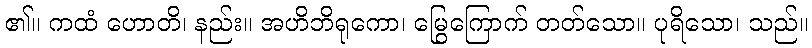
၏။ ကထံ ဟောတိ၊ နည်း။ အဟိဘိရုကော၊ မြွေကြောက် တတ်သော။ ပုရိသော၊ သည်။